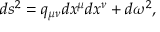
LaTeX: d s ^ { 2 } = q _ { \mu \nu } d x ^ { \mu } d x ^ { \nu } + d \omega ^ { 2 } ,